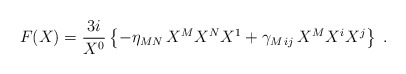
\begin{align*}F(X)= {3i\over X^0} \left\{-\eta_{MN}\,X^MX^NX^1 + \gamma_{M\,ij}\, X^MX^iX^j\right\} \ . \end{align*}